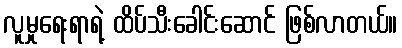
လူမှုရေးရာရဲ့ ထိပ်သီးခေါင်းဆောင် ဖြစ်လာတယ်။